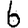
Digit: 6